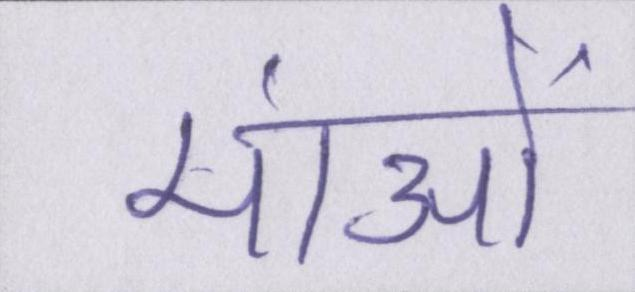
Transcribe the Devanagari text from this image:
मांओं